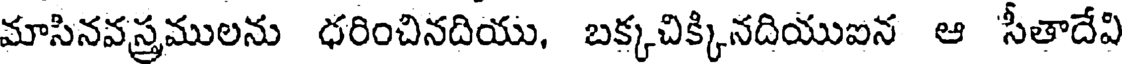
మాసినవస్రములను ధరించినదియు, బక్కచిక్కినదియుఐన ఆ సీతాదేవి